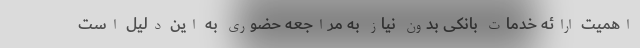
اهمیت ارائه خدمات بانکی بدون نیاز به مراجعه حضوری به این دلیل است